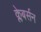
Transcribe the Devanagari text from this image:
क्लेबर्सन